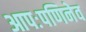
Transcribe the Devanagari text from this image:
आपःपणिनेव